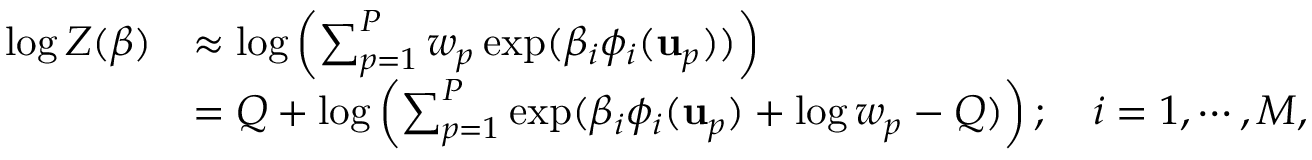
\begin{array} { r l } { \log Z ( \boldsymbol { \beta } ) } & { \approx \log \left( \sum _ { p = 1 } ^ { P } w _ { p } \exp ( \beta _ { i } \phi _ { i } ( \mathbf { u } _ { p } ) ) \right) } \\ & { = Q + \log \left( \sum _ { p = 1 } ^ { P } \exp ( \beta _ { i } \phi _ { i } ( \mathbf { u } _ { p } ) + \log w _ { p } - Q ) \right) ; \quad i = 1 , \cdots , M , } \end{array}